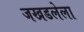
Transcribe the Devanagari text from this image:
जखडलेला